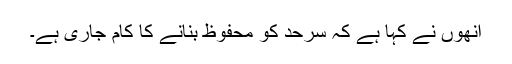
اُنھوں نے کہا ہے کہ سرحد کو محفوظ بنانے کا کام جاری ہے۔